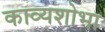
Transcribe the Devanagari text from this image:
काव्यशोभा